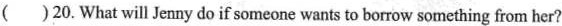
( )20.What will Jemny doif someone wants to borrow something from her?